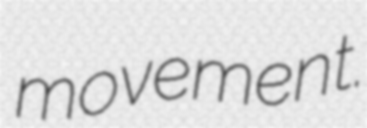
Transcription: movement.